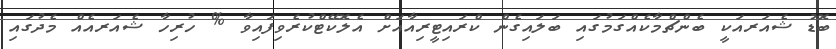
ބޮޑު ޝެއަރއަކީ ބެންޗްމާކެއްގަމުގައި ބަލައިގެން ކްރައިޓީރިއާއަށް އެލޮކޭޓްކުރެވިފައިވާ % ހުރިހާ ޝެއަރއެއް މެދުގައި